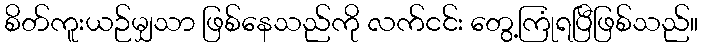
စိတ်ကူးယဉ်မျှသာ ဖြစ်နေသည်ကို လက်ငင်း တွေ့ကြုံရပြီဖြစ်သည်။